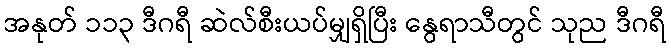
အနုတ် ၁၁၃ ဒီဂရီ ဆဲလ်စီးယပ်မျှရှိပြီး နွေရာသီတွင် သုည ဒီဂရီ